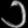
Digit: ၁